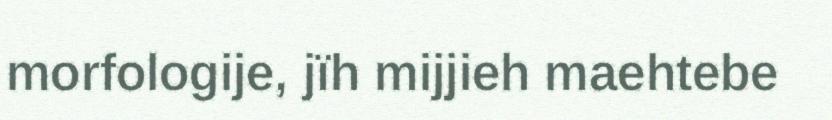
morfologije, jïh mijjieh maehtebe